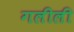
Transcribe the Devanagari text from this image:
गलीली